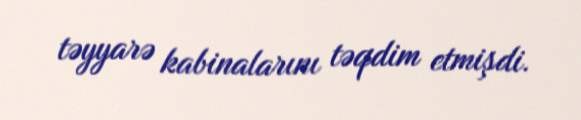
təyyarə kabinalarını təqdim etmişdi.